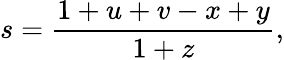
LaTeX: s=\frac{1+u+v-x+y}{1+z},